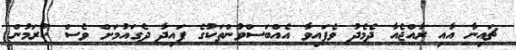
ޗައިނާ އާއި ރާއްޖެއާ ދެމެދު ވެފައިވާ އެއްބަސްވުންތަކުގެ ފައިދާ ދެގައުމަށް ވެސް ކުރަމުން